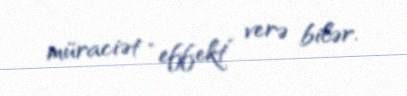
müraciət “effekt” verə bilər.